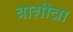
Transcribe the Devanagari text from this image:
बाग़ीचा